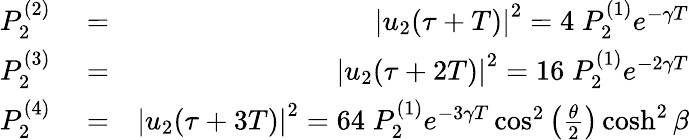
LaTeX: \begin{array}{rlr}{P_{2}^{(2)}}&{{}=}&{\left|u_{2}(\tau+T)\right|^{2}=4\; P_{2}^{(1)}e^{-\gamma T}}\\ {P_{2}^{(3)}}&{{}=}&{\left|u_{2}(\tau+2T)\right|^{2}=16\; P_{2}^{(1)}e^{-2\gamma T}}\\ {P_{2}^{(4)}}&{{}=}&{\left|u_{2}(\tau+3T)\right|^{2}=64\; P_{2}^{(1)}e^{-3\gamma T}\cos^{2}\left(\frac{\theta}{2}\right)\cosh^{2}\beta}\end{array}